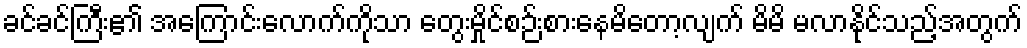
ခင်ခင်ကြီး၏ အကြောင်းလောက်ကိုသာ တွေးမှိုင်စဉ်းစားနေမိတော့လျက် မိမိ မလာနိုင်သည့်အတွက်